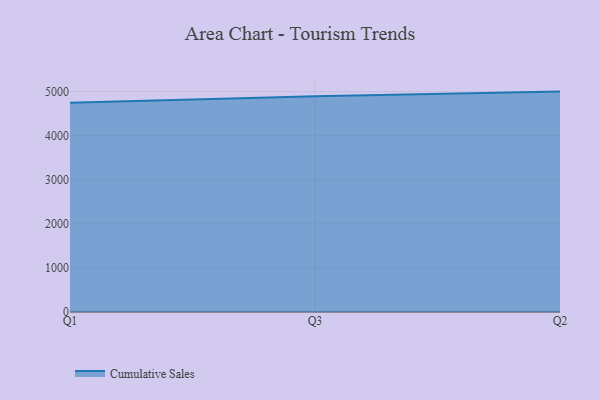
{"axis": {"x": "Quarter", "y": "Revenue (USD Million)"}, "legend": ["Cumulative Sales"], "data": [{"x": "Q1", "y": 4746.8, "type": "Cumulative Sales"}, {"x": "Q3", "y": 4891.7, "type": "Cumulative Sales"}, {"x": "Q2", "y": 5000, "type": "Cumulative Sales"}]}